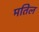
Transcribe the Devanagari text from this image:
मतिल